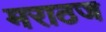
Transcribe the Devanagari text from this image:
मराठज